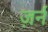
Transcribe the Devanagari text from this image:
ज़र्न